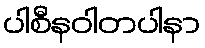
ပါစီနဝါတပါနာ